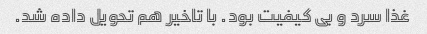
غذا سرد و بی کیفیت بود. با تاخیر هم تحویل داده شد.